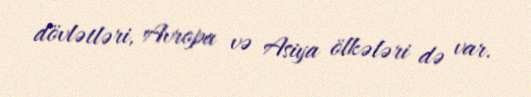
dövlətləri, Avropa və Asiya ölkələri də var.